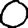
Digit: 0